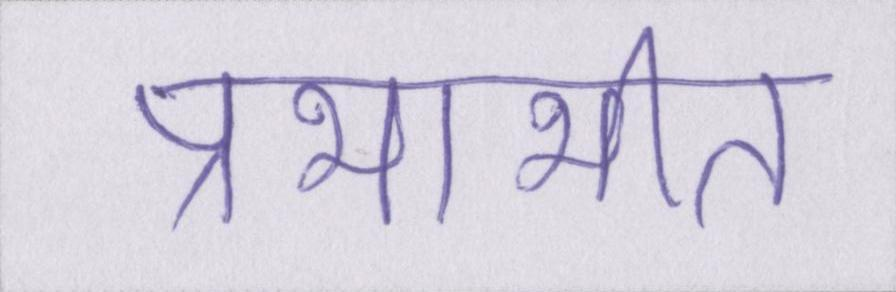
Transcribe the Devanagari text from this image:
प्रभाभीत